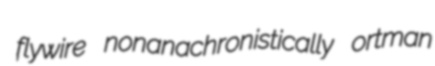
flywire nonanachronistically ortman